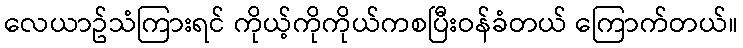
လေယာဥ်သံကြားရင် ကိုယ့်ကိုကိုယ်ကစပြီးဝန်ခံတယ် ကြောက်တယ်။